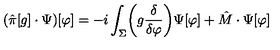
( \hat { \pi } [ g ] \cdot \Psi ) [ \varphi ] = - i \int _ { \Sigma } \biggl ( g { \frac { \delta } { \delta \varphi } } \biggr ) \Psi [ \varphi ] + \hat { M } \cdot \Psi [ \varphi ]